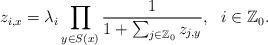
LaTeX: \begin{align*}z_{i,x}=\lambda_i\prod_{y \in S(x)} {1\over 1+\sum_{j\in \mathbb{Z}_0} z_{j,y}}, \ \ i\in \mathbb{Z}_0. \end{align*}